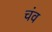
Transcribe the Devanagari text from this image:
चंव